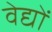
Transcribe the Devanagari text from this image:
वेद्यों